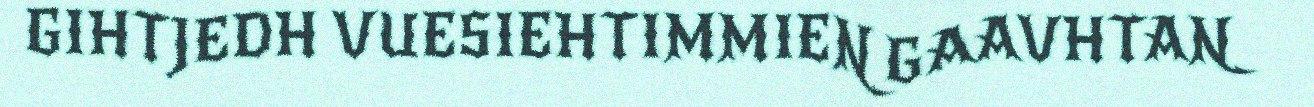
GIHTJEDH VUESIEHTIMMIEN GAAVHTAN